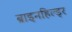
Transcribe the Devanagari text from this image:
ब्राइनहिल्ड्र